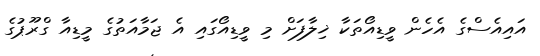
އައިއެސްގެ އެހެން ވީޑިއޯތަކާ ޚިލާފަށް މި ވީޑިއޯގައި އެ ޖަމާއަތުގެ މީޑިއާ ގްރޫޕުގެ